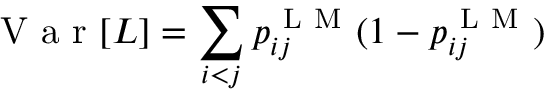
\mathrm { ~ V ~ a ~ r ~ } [ L ] = \sum _ { i < j } p _ { i j } ^ { \mathrm { ~ L ~ M ~ } } ( 1 - p _ { i j } ^ { \mathrm { ~ L ~ M ~ } } )